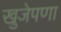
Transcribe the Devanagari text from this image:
खुजेपणा